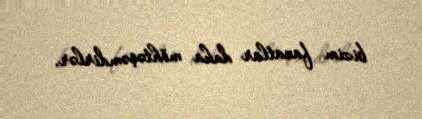
bizim fanatlar daha möhtəşəmdirlər.